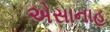
એસાનાહ